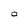
Character: O